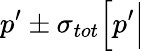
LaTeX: p^{\prime}\pm\sigma_{{tot}}\Big[p^{\prime}\Big|